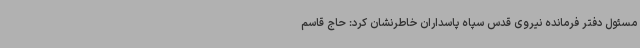
مسئول دفتر فرمانده نیروی قدس سپاه پاسداران خاطرنشان کرد: حاج قاسم